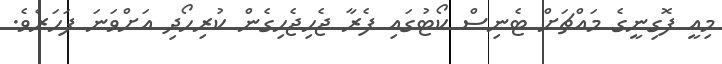
މިއީ ފޮގިނީގެ މައްޗަށް ޓެނިސް ކޯޓުގައި ފެރާ ޖެހިޖެހިގެން ކުރިހޯދި އަށްވަނަ ފަހަރެވެ.